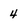
Character: 4